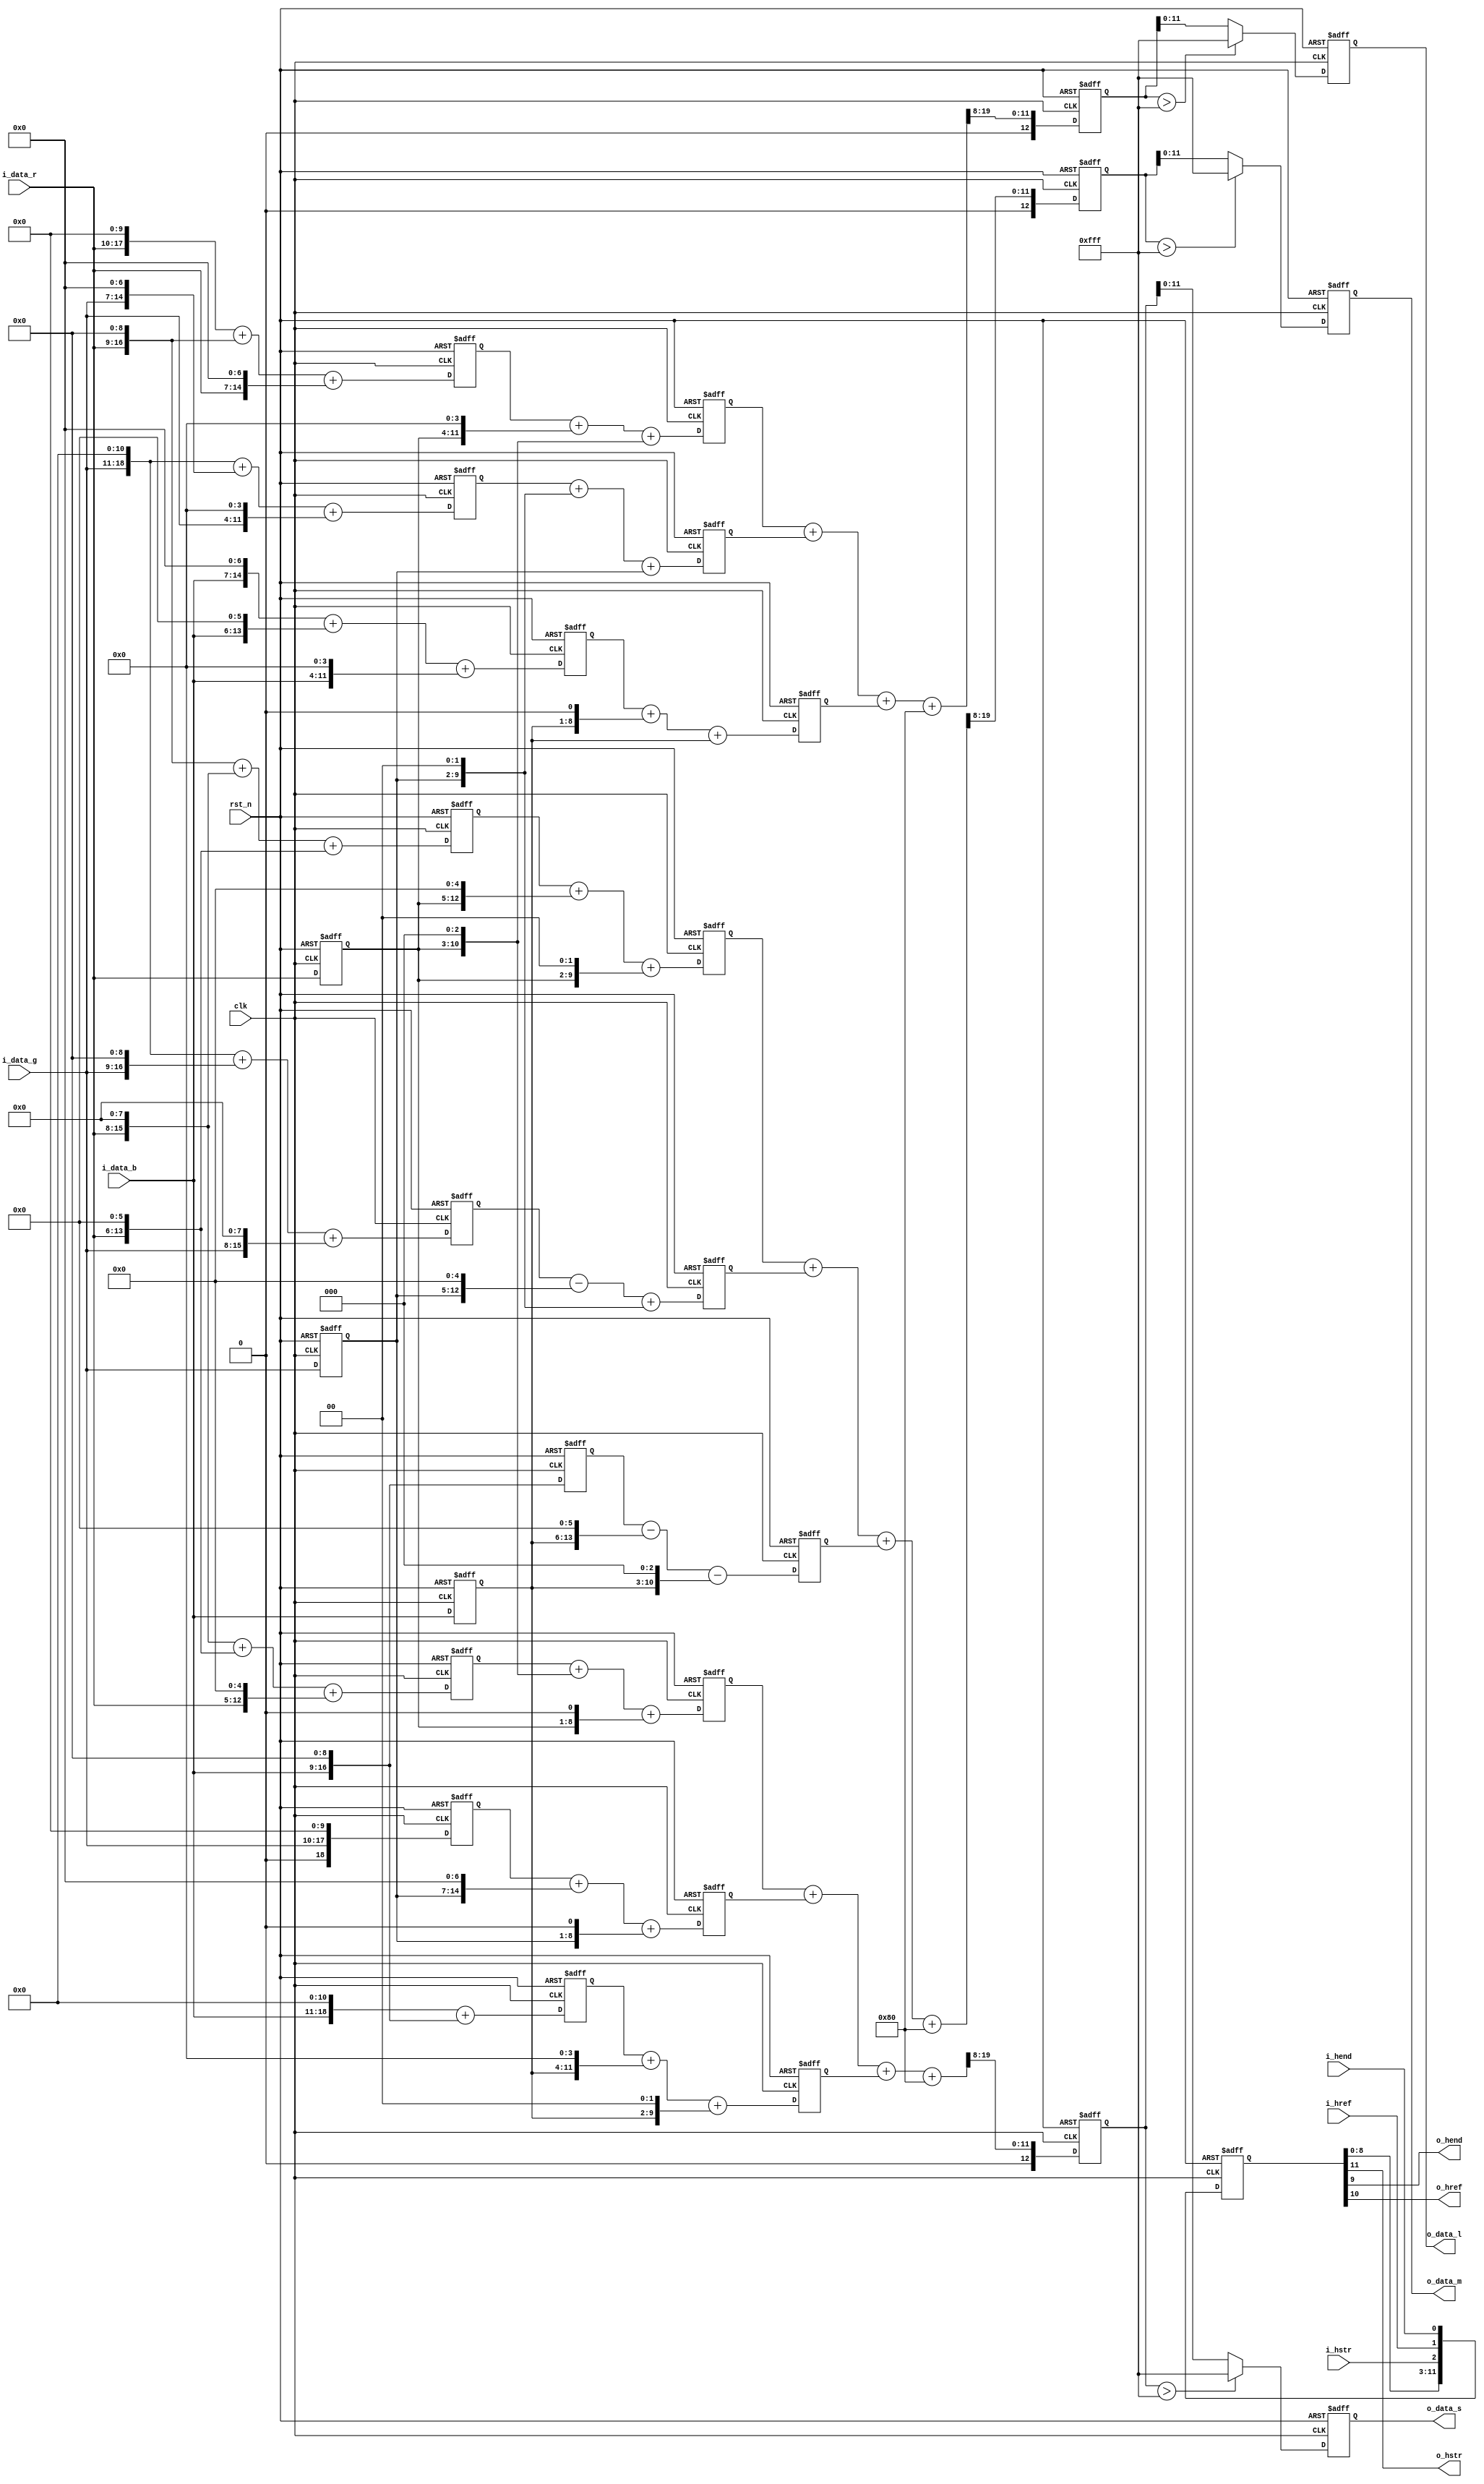
// +FHDR -----------------------------------------------------------------------
// Copyright (c) Silicon Optronics. Inc. 2022
//
//                      2.Martin Chen 
//                      3.Humphrey Lin
// Version:             1.0
//
// File Description:    RGB to LMS Converter
// Abbreviations:
// Parameters:          PRECISION: S 1.12
// Data precision :     input  :     8.0
//                      outupt :     8.4
// Consuming time :     4T  
//
// -FHDR -----------------------------------------------------------------------

module ip_rgb2lms
    #(
         parameter   CIIW       = 8,             //Accuracy Input Integer Width  //Accuracy can be reduced , but not improved 
         parameter   CIPW       = 0,             //Accuracy Input Point Width    //Accuracy can be reduced , but not improved 
         parameter   COIW       = 8,             //Accuracy Output Integer Width //Accuracy can be reduced , but not improved 
         parameter   COPW       = 4,             //Accuracy Output Point Width   //Accuracy can be reduced , but not improved 
         parameter   CIW        = CIIW + CIPW,
         parameter   COW        = COIW + COPW
     )
(
//----------------------------------------------//
// Output declaration                           //
//----------------------------------------------//

output reg        [COW-1:0]   o_data_l,                      
output reg        [COW-1:0]   o_data_m,                     
output reg        [COW-1:0]   o_data_s,                    
output                        o_hstr,
output                        o_hend,
output                        o_href,

//----------------------------------------------//
// Input declaration                            //
//----------------------------------------------//

input             [CIW-1:0]   i_data_r,                      // input R
input             [CIW-1:0]   i_data_g,                      // input G
input             [CIW-1:0]   i_data_b,                      // input B
input                         i_hstr,
input                         i_hend,
input                         i_href,
input                         clk,
input                         rst_n
);

//----------------------------------------------//
// Local parameter                              //
//----------------------------------------------//
localparam [4:0]              SHIFT_BIT = (12 +CIPW -COPW);
localparam [COW:0]            MAX_NUM   = (2**COW);

localparam [3:0]              QUE_NUM   = 4;
localparam [3:0]              QUE_TOL   = (QUE_NUM)*3-1;

localparam                    L_SFT_MSB = 13 + CIW-SHIFT_BIT;
localparam                    M_SFT_MSB = 13 + CIW-SHIFT_BIT;
localparam                    S_SFT_MSB = 13 + CIW-SHIFT_BIT;

//----------------------------------------------//
// Wire declaration                             //
//----------------------------------------------//
//--------------------------------------------------------------------------------------------  input 
reg          [CIW-1:0]            i_data_r_q0;
reg          [CIW-1:0]            i_data_g_q0;
reg          [CIW-1:0]            i_data_b_q0;

//-------------------------------------------------------------------------------------------- color space convert  
wire         [11 + CIW -1 :0]            r_x1688_part_1_nxt;
wire         [12 + CIW -1 :0]            g_x2197_part_1_nxt;
wire         [8  + CIW -1 :0]            b_x211_part_1_nxt;
reg          [11 + CIW -1 :0]            r_x1688_part_1;
reg          [12 + CIW -1 :0]            g_x2197_part_1;
reg          [8  + CIW -1 :0]            b_x211_part_1;
wire         [11 + CIW -1 :0]            r_x1688_nxt;
wire         [12 + CIW -1 :0]            g_x2197_nxt;
wire         [8  + CIW -1 :0]            b_x211_nxt;
reg          [11 + CIW -1 :0]            r_x1688;
reg          [12 + CIW -1 :0]            g_x2197;
reg          [8  + CIW -1 :0]            b_x211;
wire         [SHIFT_BIT-1: 0]            l_x4096_rnd;
reg          [L_SFT_MSB -1 : 0]          l_x4096_sft;
wire         [L_SFT_MSB -1 : 0]          l_x4096_sft_nxt;
wire                                     l_x4096_bdy;

wire         [10 + CIW -1 :0]            r_x868_part_1_nxt;
wire         [12 + CIW -1 :0]            g_x2788_part_1_nxt;
wire         [9  + CIW -1 :0]            b_x440_part_1_nxt;
reg          [10 + CIW -1 :0]            r_x868_part_1;
reg          [12 + CIW -1 :0]            g_x2788_part_1;
reg          [9  + CIW -1 :0]            b_x440_part_1;
wire         [10 + CIW -1 :0]            r_x868_nxt;
wire         [12 + CIW -1 :0]            g_x2788_nxt;
wire         [9  + CIW -1 :0]            b_x440_nxt;
reg          [10 + CIW -1 :0]            r_x868;
reg          [12 + CIW -1 :0]            g_x2788;
reg          [9  + CIW -1 :0]            b_x440;
wire         [SHIFT_BIT-1: 0]            m_x4096_rnd;
reg          [M_SFT_MSB -1 : 0]          m_x4096_sft;
wire         [M_SFT_MSB -1 : 0]          m_x4096_sft_nxt;
wire                                     m_x4096_bdy;

wire         [9  + CIW -1 :0]            r_x362_part_1_nxt;
wire         [11 + CIW -1 :0]            g_x1154_part_1_nxt;
wire         [12 + CIW -1 :0]            b_x2580_part_1_nxt;
reg          [9  + CIW -1 :0]            r_x362_part_1;
reg          [11 + CIW -1 :0]            g_x1154_part_1;
reg          [12 + CIW -1 :0]            b_x2580_part_1;
wire         [9  + CIW -1 :0]            r_x362_nxt;
wire         [11 + CIW -1 :0]            g_x1154_nxt;
wire         [12 + CIW -1 :0]            b_x2580_nxt;
reg          [9  + CIW -1 :0]            r_x362;
reg          [11 + CIW -1 :0]            g_x1154;
reg          [12 + CIW -1 :0]            b_x2580;
wire         [12 + CIW-COW:0]            s_x4096_rnd;
reg          [S_SFT_MSB -1 : 0]          s_x4096_sft;
wire         [S_SFT_MSB -1 : 0]          s_x4096_sft_nxt;
wire                                     s_x4096_bdy;
//-------------------------------------------------------------------------------------------- output
reg          [QUE_TOL:0]                 out_que;
wire         [QUE_TOL:0]                 out_que_nxt;

wire         [COW-1:0]                   o_data_l_nxt;                
wire         [COW-1:0]                   o_data_m_nxt;                     
wire         [COW-1:0]                   o_data_s_nxt;   

//----------------------------------------------//
// Code Descriptions                            //
//----------------------------------------------//
//-------------------------------------------------------------------------------------------- color space convert  

// 12 bit precision 
// L = 0.412109375*R+ 0.536376953125*G + 0.051513671875*B
// L = (1688/4096)*R+ (2197/4096)*G + (211/4096)*B

assign  r_x1688_part_1_nxt = (i_data_r <<10) + (i_data_r <<9)    + (i_data_r <<7);
assign  g_x2197_part_1_nxt = (i_data_g <<11) + (i_data_g <<7)    + (i_data_g <<4);
assign  b_x211_part_1_nxt  = (i_data_b <<7)  + (i_data_b <<6)    + (i_data_b <<4);

assign  r_x1688_nxt        = r_x1688_part_1  + (i_data_r_q0 <<4) + (i_data_r_q0 <<3); 
assign  g_x2197_nxt        = g_x2197_part_1  + (i_data_g_q0 <<2) + (i_data_g_q0 <<0);
assign  b_x211_nxt         = b_x211_part_1   + (i_data_b_q0 <<1) + (i_data_b_q0 <<0);

assign  l_x4096_rnd        = {1'b1,{(SHIFT_BIT -1){1'b0}}};
assign  l_x4096_sft_nxt    = (r_x1688 + g_x2197 + b_x211 + l_x4096_rnd) >> SHIFT_BIT;
assign  l_x4096_bdy        = l_x4096_sft > {COW{1'b1}};                                 //boundary 
assign  o_data_l_nxt       = (l_x4096_bdy ? {COW{1'b1}} : l_x4096_sft[COW-1:0]);        //0~255  //maybe overflow 


// M = 0.2119140625*R+ 0.6806640625*G + 0.107421875*B
// M = (868/4096)*R+ (2788/4096)*G + (440/4096)*B

assign  r_x868_part_1_nxt  = (i_data_r <<9)  + (i_data_r <<8)    + (i_data_r <<6);
assign  g_x2788_part_1_nxt = (i_data_g <<11) + (i_data_g <<9)    + (i_data_g <<8);
assign  b_x440_part_1_nxt  = (i_data_b <<9);

assign  r_x868_nxt         = r_x868_part_1   + (i_data_r_q0 <<5) + (i_data_r_q0 <<2);
assign  g_x2788_nxt        = g_x2788_part_1  - (i_data_g_q0 <<5) + (i_data_g_q0 <<2);
assign  b_x440_nxt         = b_x440_part_1   - (i_data_b_q0 <<6) - (i_data_b_q0 <<3) ;

assign  m_x4096_rnd        = {1'b1,{(SHIFT_BIT -1){1'b0}}};
assign  m_x4096_sft_nxt    = (r_x868 + g_x2788 + b_x440 + m_x4096_rnd) >> SHIFT_BIT;
assign  m_x4096_bdy        = m_x4096_sft > {COW{1'b1}};                                 //boundary 
assign  o_data_m_nxt       = (m_x4096_bdy ? {COW{1'b1}} : m_x4096_sft[COW-1:0]);        //0~255  //maybe overflow 

// S = 0.08837890625*R+ 0.28173828125*G + 0.6298828125*B
// S = (362/4096)*R+ (1154/4096)*G + (2580/4096)*B

assign  r_x362_part_1_nxt  = (i_data_r <<8)  + (i_data_r <<6)    + (i_data_r <<5);
assign  g_x1154_part_1_nxt = (i_data_g <<10);
assign  b_x2580_part_1_nxt = (i_data_b <<11) + (i_data_b <<9);

assign  r_x362_nxt         = r_x362_part_1   + (i_data_r_q0 <<3) + (i_data_r_q0 <<1);
assign  g_x1154_nxt        = g_x1154_part_1  + (i_data_g_q0 <<7) + (i_data_g_q0 <<1);
assign  b_x2580_nxt        = b_x2580_part_1  + (i_data_b_q0 <<4) + (i_data_b_q0 <<2);

assign  s_x4096_rnd        = {1'b1,{(SHIFT_BIT -1){1'b0}}};
assign  s_x4096_sft_nxt    = (r_x362 + g_x1154 + b_x2580 + s_x4096_rnd) >> SHIFT_BIT;
assign  s_x4096_bdy        = s_x4096_sft > {COW{1'b1}};                                 //boundary 
assign  o_data_s_nxt       = (s_x4096_bdy ? {COW{1'b1}} : s_x4096_sft[COW-1:0]);        //0~255 //maybe overflow 

//-------------------------------------------------------------------------------------------- output
assign  out_que_nxt        = {out_que[QUE_TOL:0] , i_hstr,i_href,i_hend};
assign  o_hstr             = out_que[QUE_TOL];
assign  o_href             = out_que[QUE_TOL-1];
assign  o_hend             = out_que[QUE_TOL-2];

always@(posedge clk or negedge rst_n)begin
    if (!rst_n) begin
//-------------------------------------------------------------------------------------------- color space convert 
        r_x1688_part_1    <= 0;
        g_x2197_part_1    <= 0;
        b_x211_part_1     <= 0;
        r_x868_part_1     <= 0;
        g_x2788_part_1    <= 0;
        b_x440_part_1     <= 0;
        r_x362_part_1     <= 0;
        g_x1154_part_1    <= 0;
        b_x2580_part_1    <= 0;
        
        r_x1688           <= 0;
        g_x2197           <= 0;
        b_x211            <= 0;
        r_x868            <= 0;
        g_x2788           <= 0;
        b_x440            <= 0;
        r_x362            <= 0;
        g_x1154           <= 0;
        b_x2580           <= 0;
        
        i_data_r_q0       <= 0;
        i_data_g_q0       <= 0;
        i_data_b_q0       <= 0;
        
        l_x4096_sft       <= 0;
        m_x4096_sft       <= 0;
        s_x4096_sft       <= 0;
        
//-------------------------------------------------------------------------------------------- output
        out_que           <= 0;
        o_data_l          <= 0;                
        o_data_m          <= 0;                     
        o_data_s          <= 0; 
        
    end
    else begin
//-------------------------------------------------------------------------------------------- color space convert 
        r_x1688_part_1    <= r_x1688_part_1_nxt;
        g_x2197_part_1    <= g_x2197_part_1_nxt;
        b_x211_part_1     <= b_x211_part_1_nxt;
        r_x868_part_1     <= r_x868_part_1_nxt;
        g_x2788_part_1    <= g_x2788_part_1_nxt;
        b_x440_part_1     <= b_x440_part_1_nxt;
        r_x362_part_1     <= r_x362_part_1_nxt;
        g_x1154_part_1    <= g_x1154_part_1_nxt;
        b_x2580_part_1    <= b_x2580_part_1_nxt;
        
        r_x1688           <= r_x1688_nxt;
        g_x2197           <= g_x2197_nxt;
        b_x211            <= b_x211_nxt ;
        r_x868            <= r_x868_nxt ;
        g_x2788           <= g_x2788_nxt;
        b_x440            <= b_x440_nxt ;
        r_x362            <= r_x362_nxt ;
        g_x1154           <= g_x1154_nxt;
        b_x2580           <= b_x2580_nxt;
        
        i_data_r_q0       <= i_data_r;
        i_data_g_q0       <= i_data_g;
        i_data_b_q0       <= i_data_b;

        l_x4096_sft       <= l_x4096_sft_nxt;
        m_x4096_sft       <= m_x4096_sft_nxt;
        s_x4096_sft       <= s_x4096_sft_nxt;
        
//-------------------------------------------------------------------------------------------- output
        out_que           <= out_que_nxt;
        o_data_l          <= o_data_l_nxt;                
        o_data_m          <= o_data_m_nxt;                     
        o_data_s          <= o_data_s_nxt; 
        
    end
end




endmodule